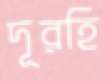
দূরহি